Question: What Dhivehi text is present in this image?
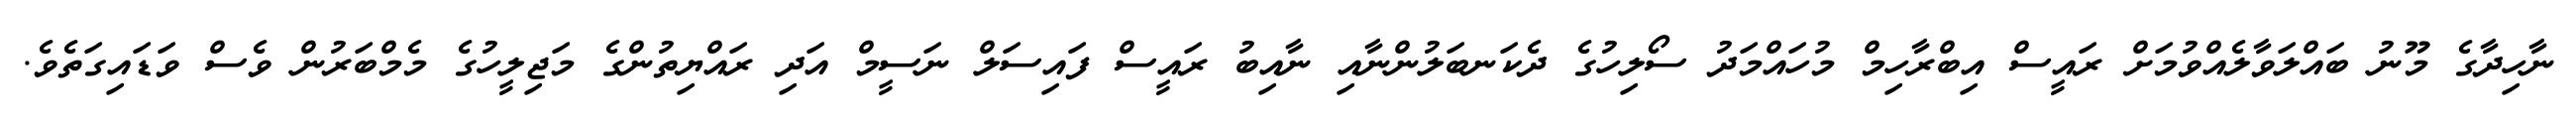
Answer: ނާހިދާގެ މޫނު ބައްލަވާލެއްވުމަށް ރައީސް އިބްރާހިމް މުހައްމަދު ސޯލިހުގެ ދެކަނބަލުންނާއި ނާއިބު ރައީސް ފައިސަލް ނަސީމް އަދި ރައްޔިތުންގެ މަޖިލީހުގެ މެމްބަރުން ވެސް ވަޑައިގަތެވެ.